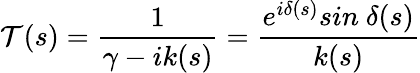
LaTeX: \mathcal{T}(s)={\frac{{1}}{{\gamma-ik(s)}}}={\frac{{e^{i\delta(s)}sin\ \delta(s)}}{{k(s)}}}